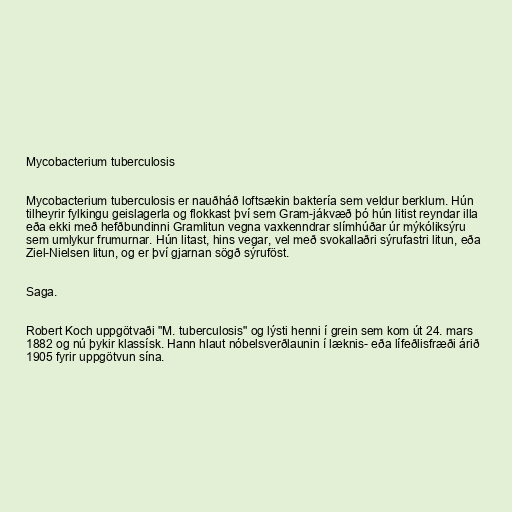
Mycobacterium tuberculosis

Mycobacterium tuberculosis er nauðháð loftsækin baktería sem veldur berklum. Hún
tilheyrir fylkingu geislagerla og flokkast því sem Gram-jákvæð þó hún litist reyndar illa
eða ekki með hefðbundinni Gramlitun vegna vaxkenndrar slímhúðar úr mýkóliksýru
sem umlykur frumurnar. Hún litast, hins vegar, vel með svokallaðri sýrufastri litun, eða
Ziel-Nielsen litun, og er því gjarnan sögð sýruföst.

Saga.

Robert Koch uppgötvaði "M. tuberculosis" og lýsti henni í grein sem kom út 24. mars
1882 og nú þykir klassísk. Hann hlaut nóbelsverðlaunin í læknis- eða lífeðlisfræði árið
1905 fyrir uppgötvun sína.